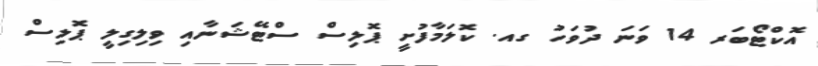
އޮކްޓޯބަރ 14 ވަނަ ދުވަހު ގއ. ކޮލަމާފުށީ ޕޮލިސް ސްޓޭޝަނާއި ވިލިގިލީ ޕޮލިސް